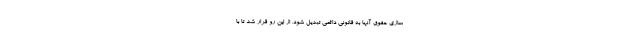
سازی حقوق آنها به قانونی دائمی تبدیل شود. از این رو قرار شد تا با